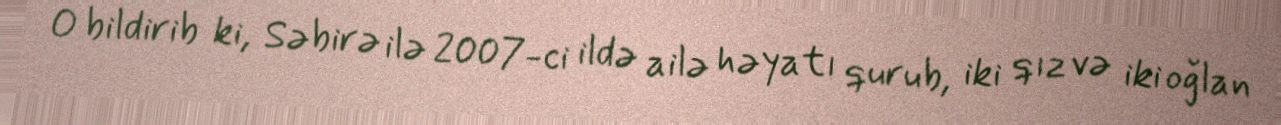
O bildirib ki, Səbirə ilə 2007-ci ildə ailə həyatı qurub, iki qız və iki oğlan